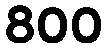
800